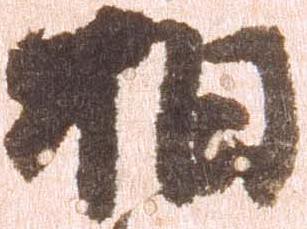
相